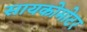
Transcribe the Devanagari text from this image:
सायकोमोटर